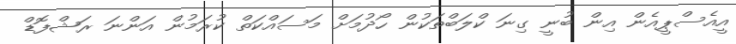
އީއެސްޕީއެން އިން ބުނީ ގިނަ ކްލަބްތަކުން ހޯދުމަށް މަސައްކަތް ކުރަމުން އަންނަ ރަޝްފޮޑް